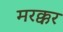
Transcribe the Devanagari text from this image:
मरक्कर